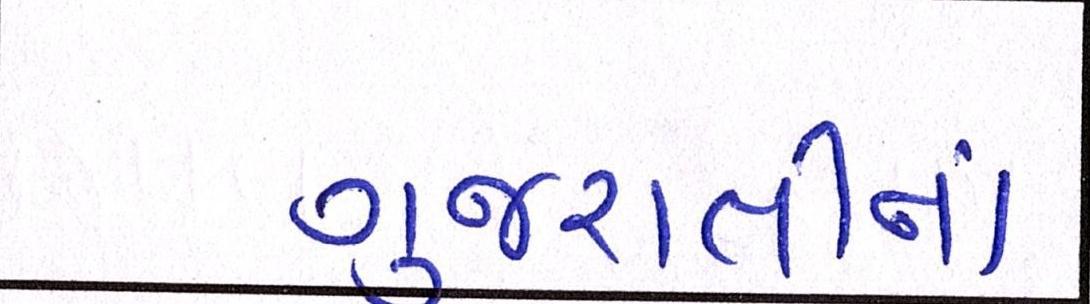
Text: ગુજરાતીના